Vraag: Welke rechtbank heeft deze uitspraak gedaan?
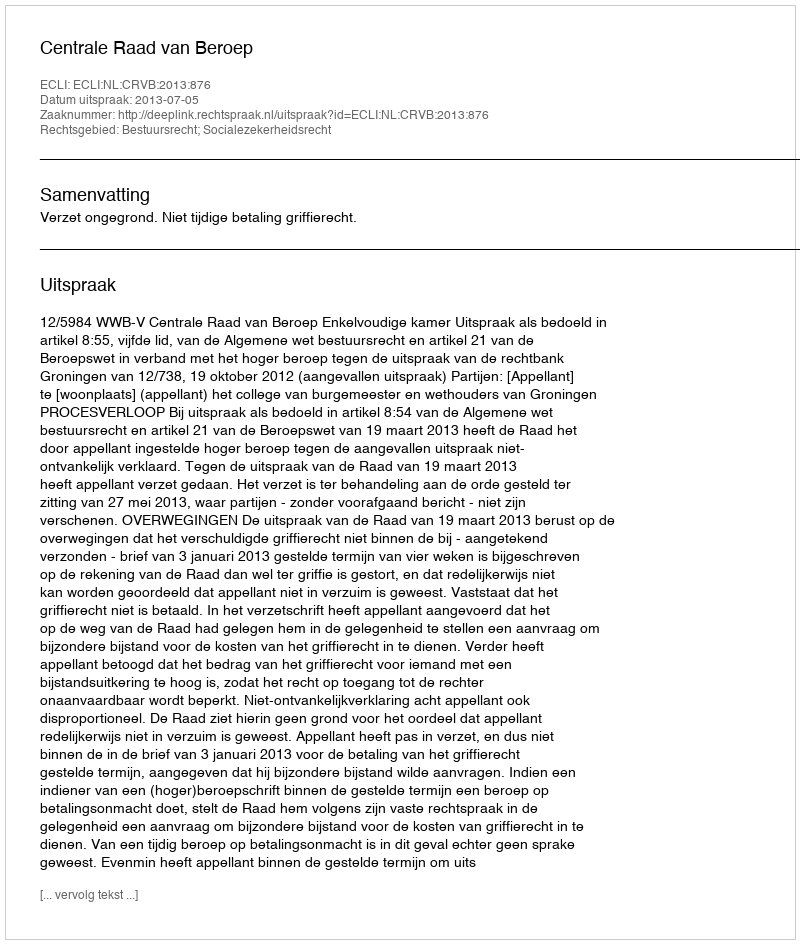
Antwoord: Centrale Raad van Beroep